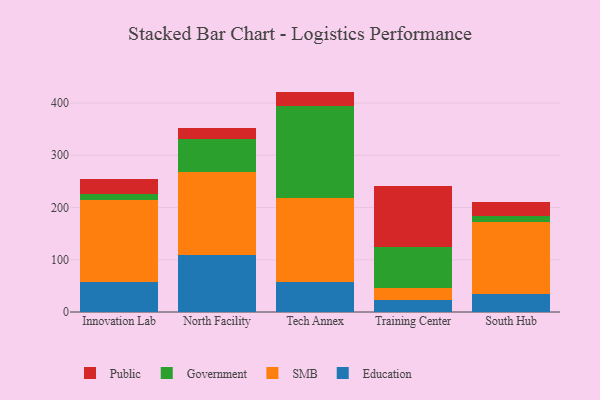
{"axis": {"x": "Campus", "y": "Backlog"}, "legend": ["Education", "Government", "Public", "SMB"], "data": [{"x": "Innovation Lab", "y": 56.9, "type": "Education"}, {"x": "Innovation Lab", "y": 156.7, "type": "SMB"}, {"x": "Innovation Lab", "y": 12.7, "type": "Government"}, {"x": "Innovation Lab", "y": 28.3, "type": "Public"}, {"x": "North Facility", "y": 109.1, "type": "Education"}, {"x": "North Facility", "y": 159.4, "type": "SMB"}, {"x": "North Facility", "y": 62.1, "type": "Government"}, {"x": "North Facility", "y": 22.5, "type": "Public"}, {"x": "Tech Annex", "y": 57.9, "type": "Education"}, {"x": "Tech Annex", "y": 161.2, "type": "SMB"}, {"x": "Tech Annex", "y": 174.2, "type": "Government"}, {"x": "Tech Annex", "y": 28.5, "type": "Public"}, {"x": "Training Center", "y": 22.4, "type": "Education"}, {"x": "Training Center", "y": 23.0, "type": "SMB"}, {"x": "Training Center", "y": 79.3, "type": "Government"}, {"x": "Training Center", "y": 116.6, "type": "Public"}, {"x": "South Hub", "y": 35.1, "type": "Education"}, {"x": "South Hub", "y": 138.1, "type": "SMB"}, {"x": "South Hub", "y": 9.7, "type": "Government"}, {"x": "South Hub", "y": 27.2, "type": "Public"}]}